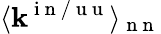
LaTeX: \langle\mathbf{k}^{\mathrm{{~i~n~/~u~u~}}}\rangle_{\mathrm{{~n~n~}}}